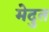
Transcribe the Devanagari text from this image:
मेदुत